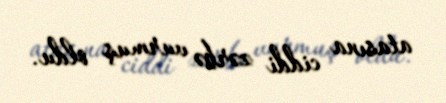
atasına ciddi zərbə vurmuş oldu.